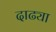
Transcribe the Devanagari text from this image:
दाढ्या